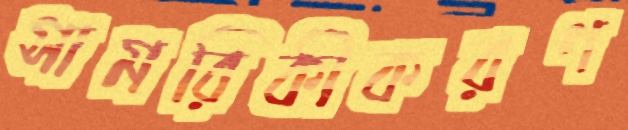
সামরিকীকরণ